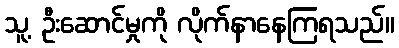
သူ့ ဦးဆောင်မှုကို လိုက်နာနေကြရသည်။